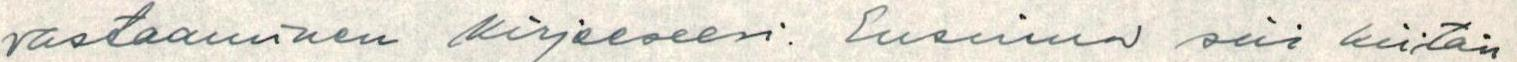
vastaaminen kirjeeseesi. Ensinnä siis kiitän